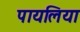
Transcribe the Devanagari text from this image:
पायलिया